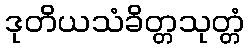
ဒုတိယသံခိတ္တသုတ္တံ